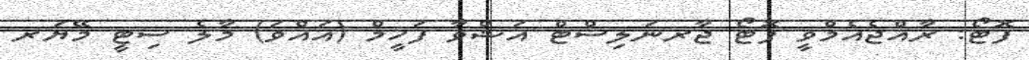
ފޮޓޯ: ރާއްޖެއެމްވީ ފޮޓޯ ޖާރނަލިސްޓް އަޝްވާ ފަހީމް (އައްވަ) މާލެ ސިޓީ މޭޔަރ